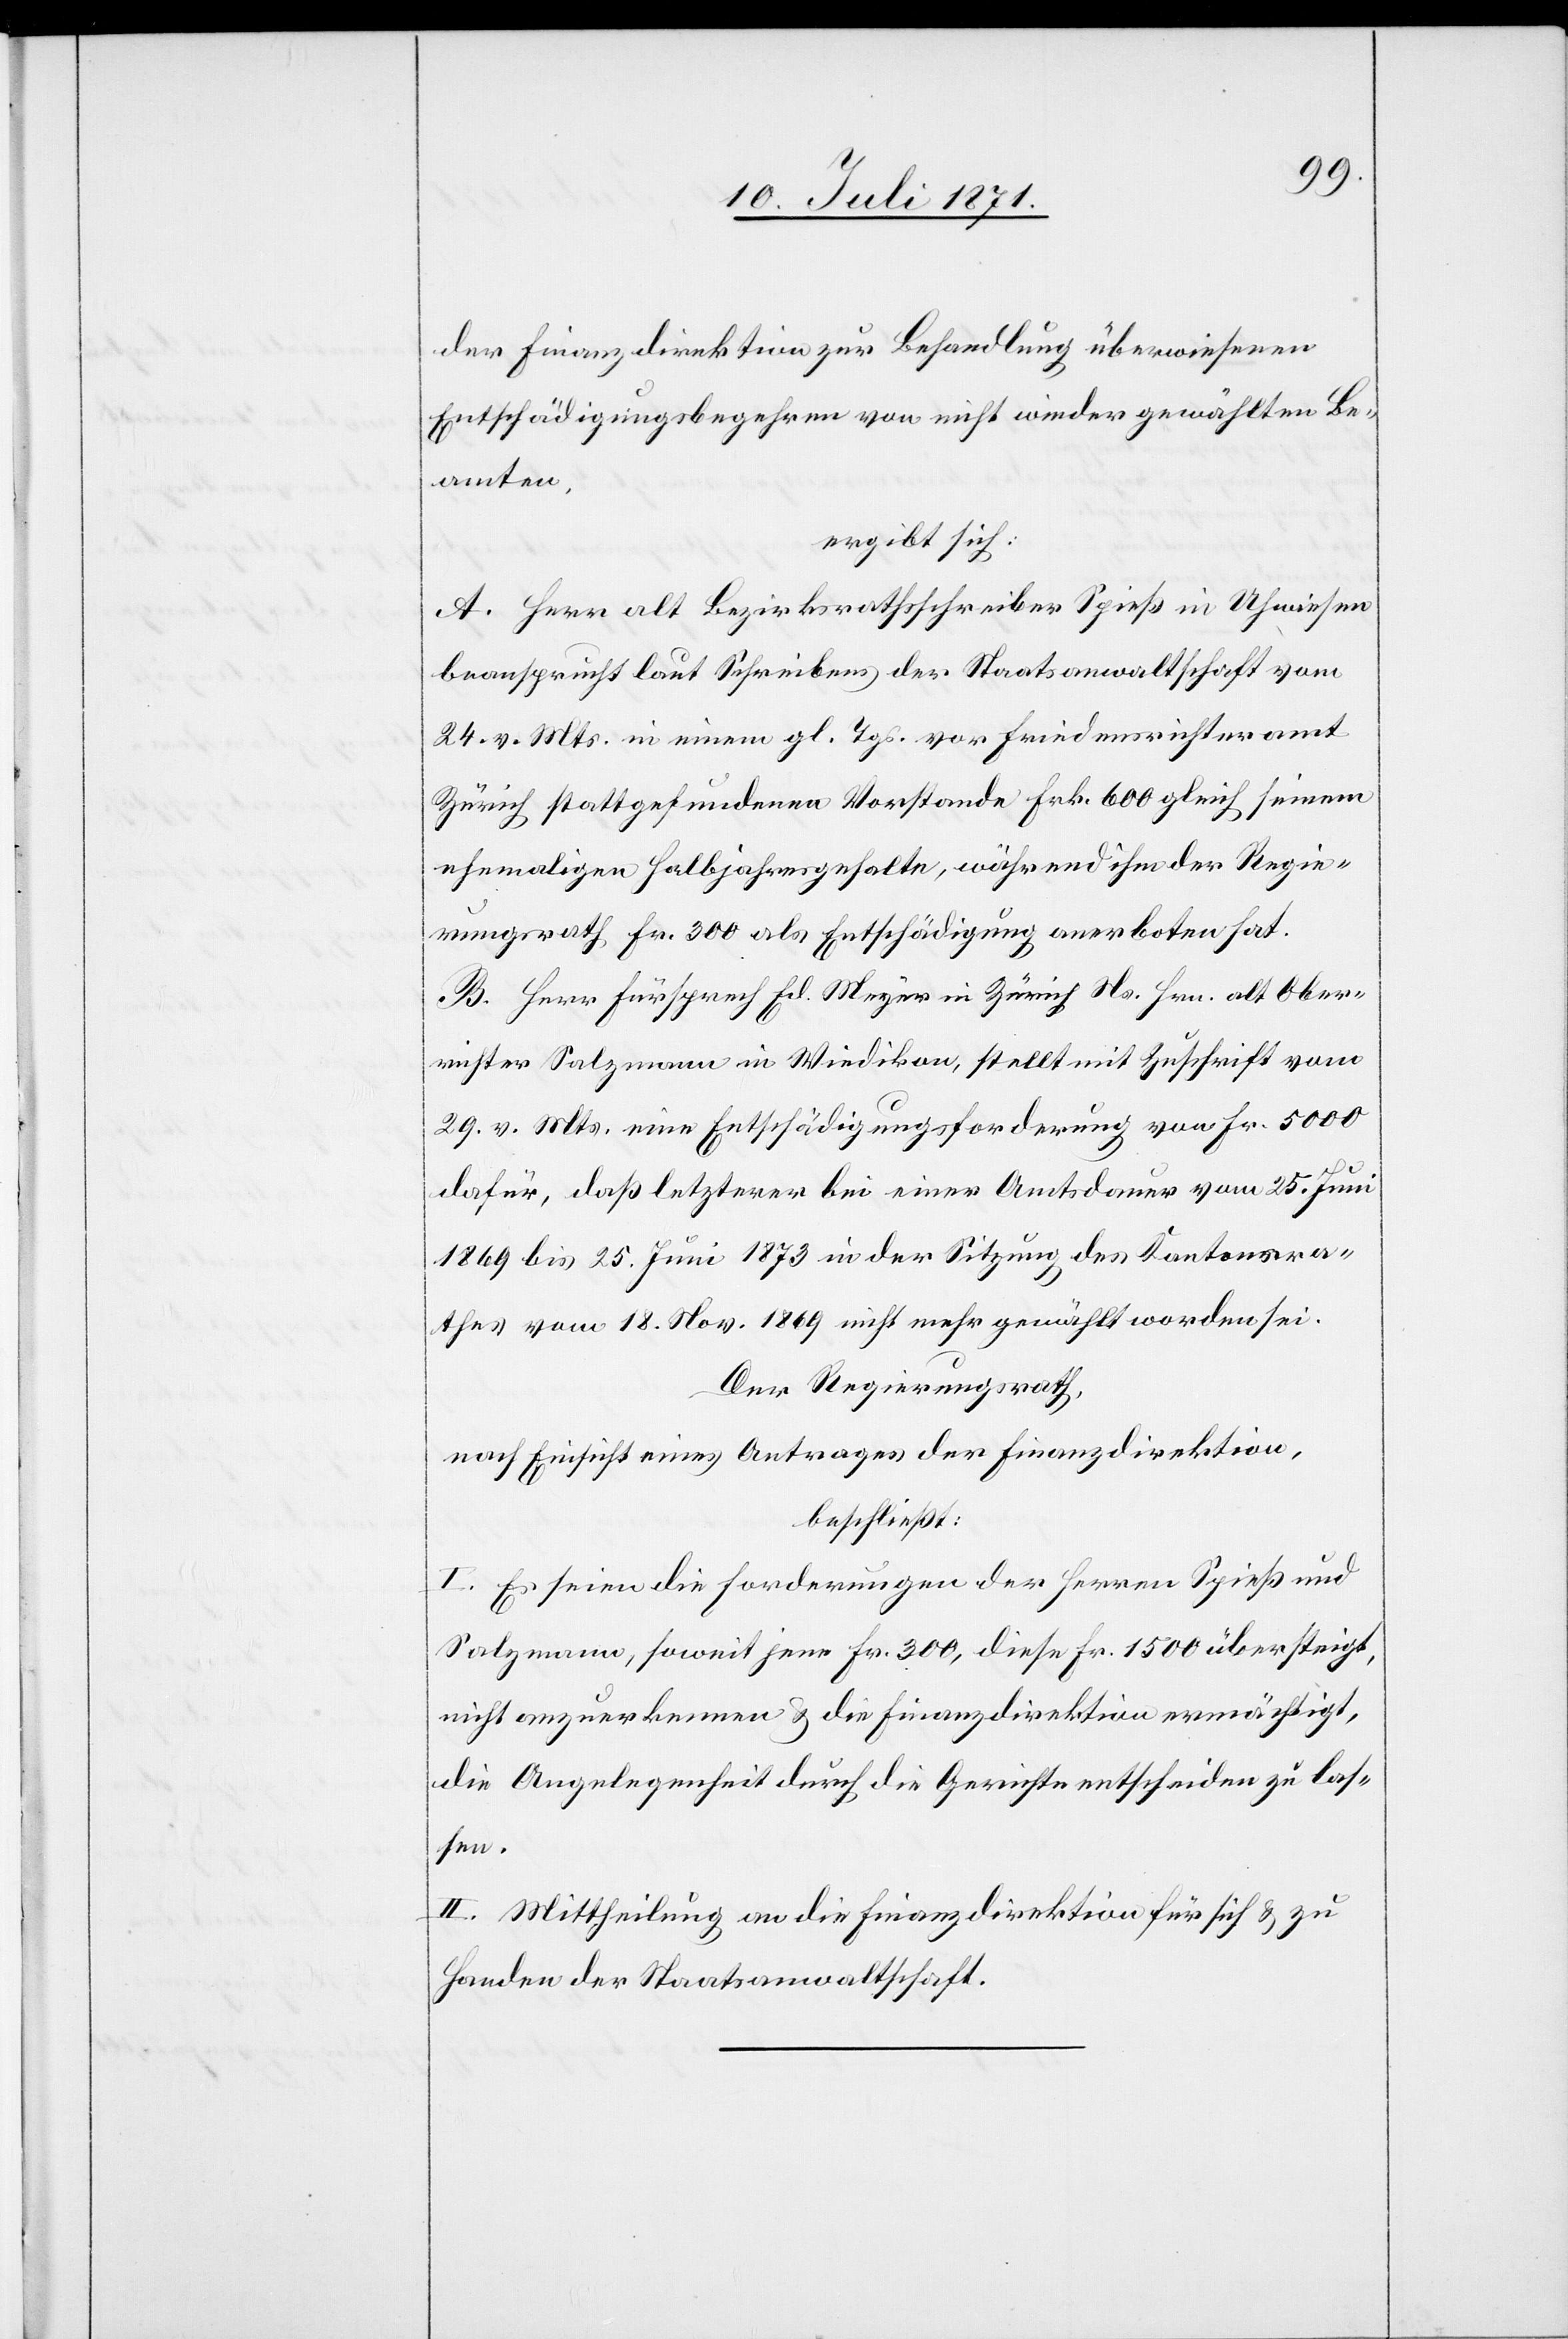
der Finanzdirektion zur Behandlung überwiesenen
Entschädigungsbegehren von nicht wieder gewählten Be¬
amten,
ergibt sich:
A. Herr alt Bezirksrathsschreiber Spieß in Uhwiesen
beansprucht laut Schreibens der Staatsanwaltschaft vom
24. v. Mts. in einem gl. Tgs. vor Friedensrichteramt
Zürich stattgefundenen Vorstande Frk. 600 gleich seinem
ehemaligen Halbjahresgehalte, während ihm der Regie¬
rungsrath Fr. 300 als Entschädigung anerboten hat.
B. Herr Fürsprech Ed. Meyer in Zürich Ns. Hrn. alt Ober¬
richter Salzmann in Wiedikon, stellt mit Zuschrift vom
29. v. Mts. eine Entschädigungsforderung von Fr. 5000
dafür, daß letzterer bei einer Amtsdauer vom 25. Juni
1869 bis 25. Juni 1873 in der Sitzung des Kantonsra¬
thes vom 18. Nov. 1869 nicht mehr gewählt worden sei.
Der Regierungsrath,
nach Einsicht eines Antrages der Finanzdirektion,
beschließt:
I. Es seien die Forderungen der Herren Spieß und
Salzmann, soweit jene Fr. 300, diese Fr. 1500 übersteigt,
nicht anzuerkennen u. die Finanzdirektion ermächtigt,
die Angelegenheit durch die Gerichte entscheiden zu las¬
sen.
II. Mittheilung an die Finanzdirektion für sich u. zu
Handen der Staatsanwaltschaft.